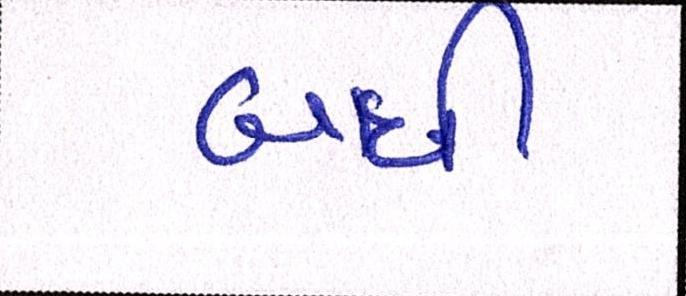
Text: બધી